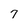
Character: 7